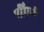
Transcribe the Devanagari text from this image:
नर्गिसने